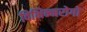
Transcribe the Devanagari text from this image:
विभिन्नरोगों